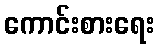
ကောင်းစားရေး